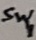
Text: Sw1